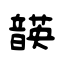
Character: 韺